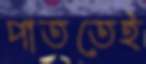
পাততেই